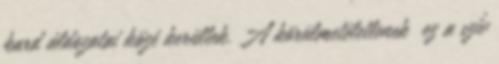
kard áldozatai közé kerültek. A körülmetéletlenek ez a szív